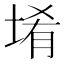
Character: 𱗅